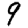
Digit: 9